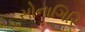
સોનાગિરિ